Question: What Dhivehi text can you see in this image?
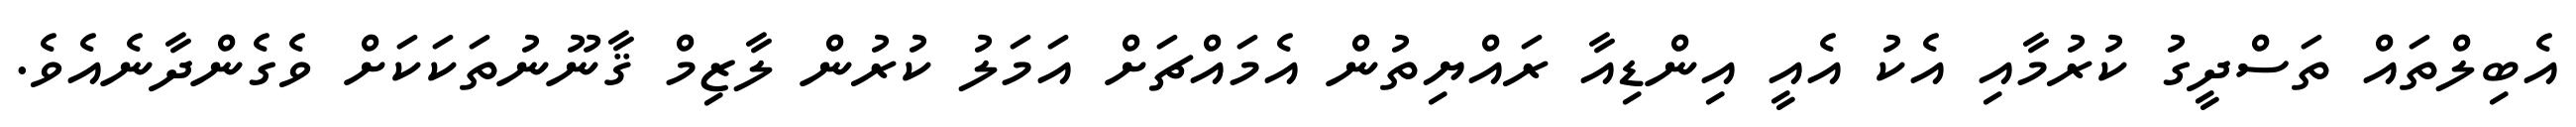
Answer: އެބިލްތައް ތަސްދީގު ކުރުމާއި އެކު އެއީ އިންޑިއާ ރައްޔިތުން އެމައްޗަށް އަމަލު ކުރުން ލާޒިމް ޤާނޫނުތަކަކަށް ވެގެންދާނެއެވެ.